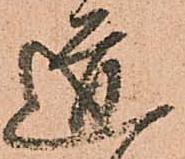
道